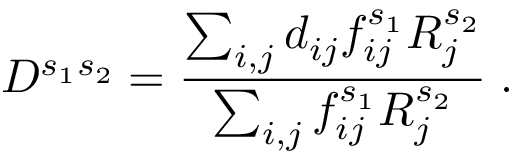
D ^ { s _ { 1 } s _ { 2 } } = \frac { \sum _ { i , j } d _ { i j } f _ { i j } ^ { s _ { 1 } } R _ { j } ^ { s _ { 2 } } } { \sum _ { i , j } f _ { i j } ^ { s _ { 1 } } R _ { j } ^ { s _ { 2 } } } \; .